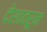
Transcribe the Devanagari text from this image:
देशावरून